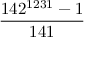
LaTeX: \frac { 1 4 2 ^ { 1 2 3 1 } - 1 } { 1 4 1 }